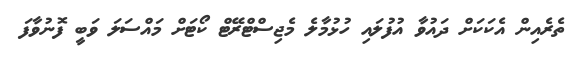
ތެރެއިން އެކަކަށް ދައުވާ އުފުލައި ހުޅުމާލެ މެޖިސްޓްރޭޓް ކޯޓަށް މައްސަލަ ވަބީ ފޮނުވާފަ